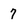
Character: 7